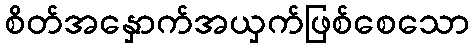
စိတ်အနှောက်အယှက်ဖြစ်စေသော